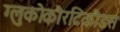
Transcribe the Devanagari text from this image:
ग्लुकोकौरटिकौडस